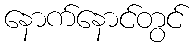
နောက်နောင်တွင်